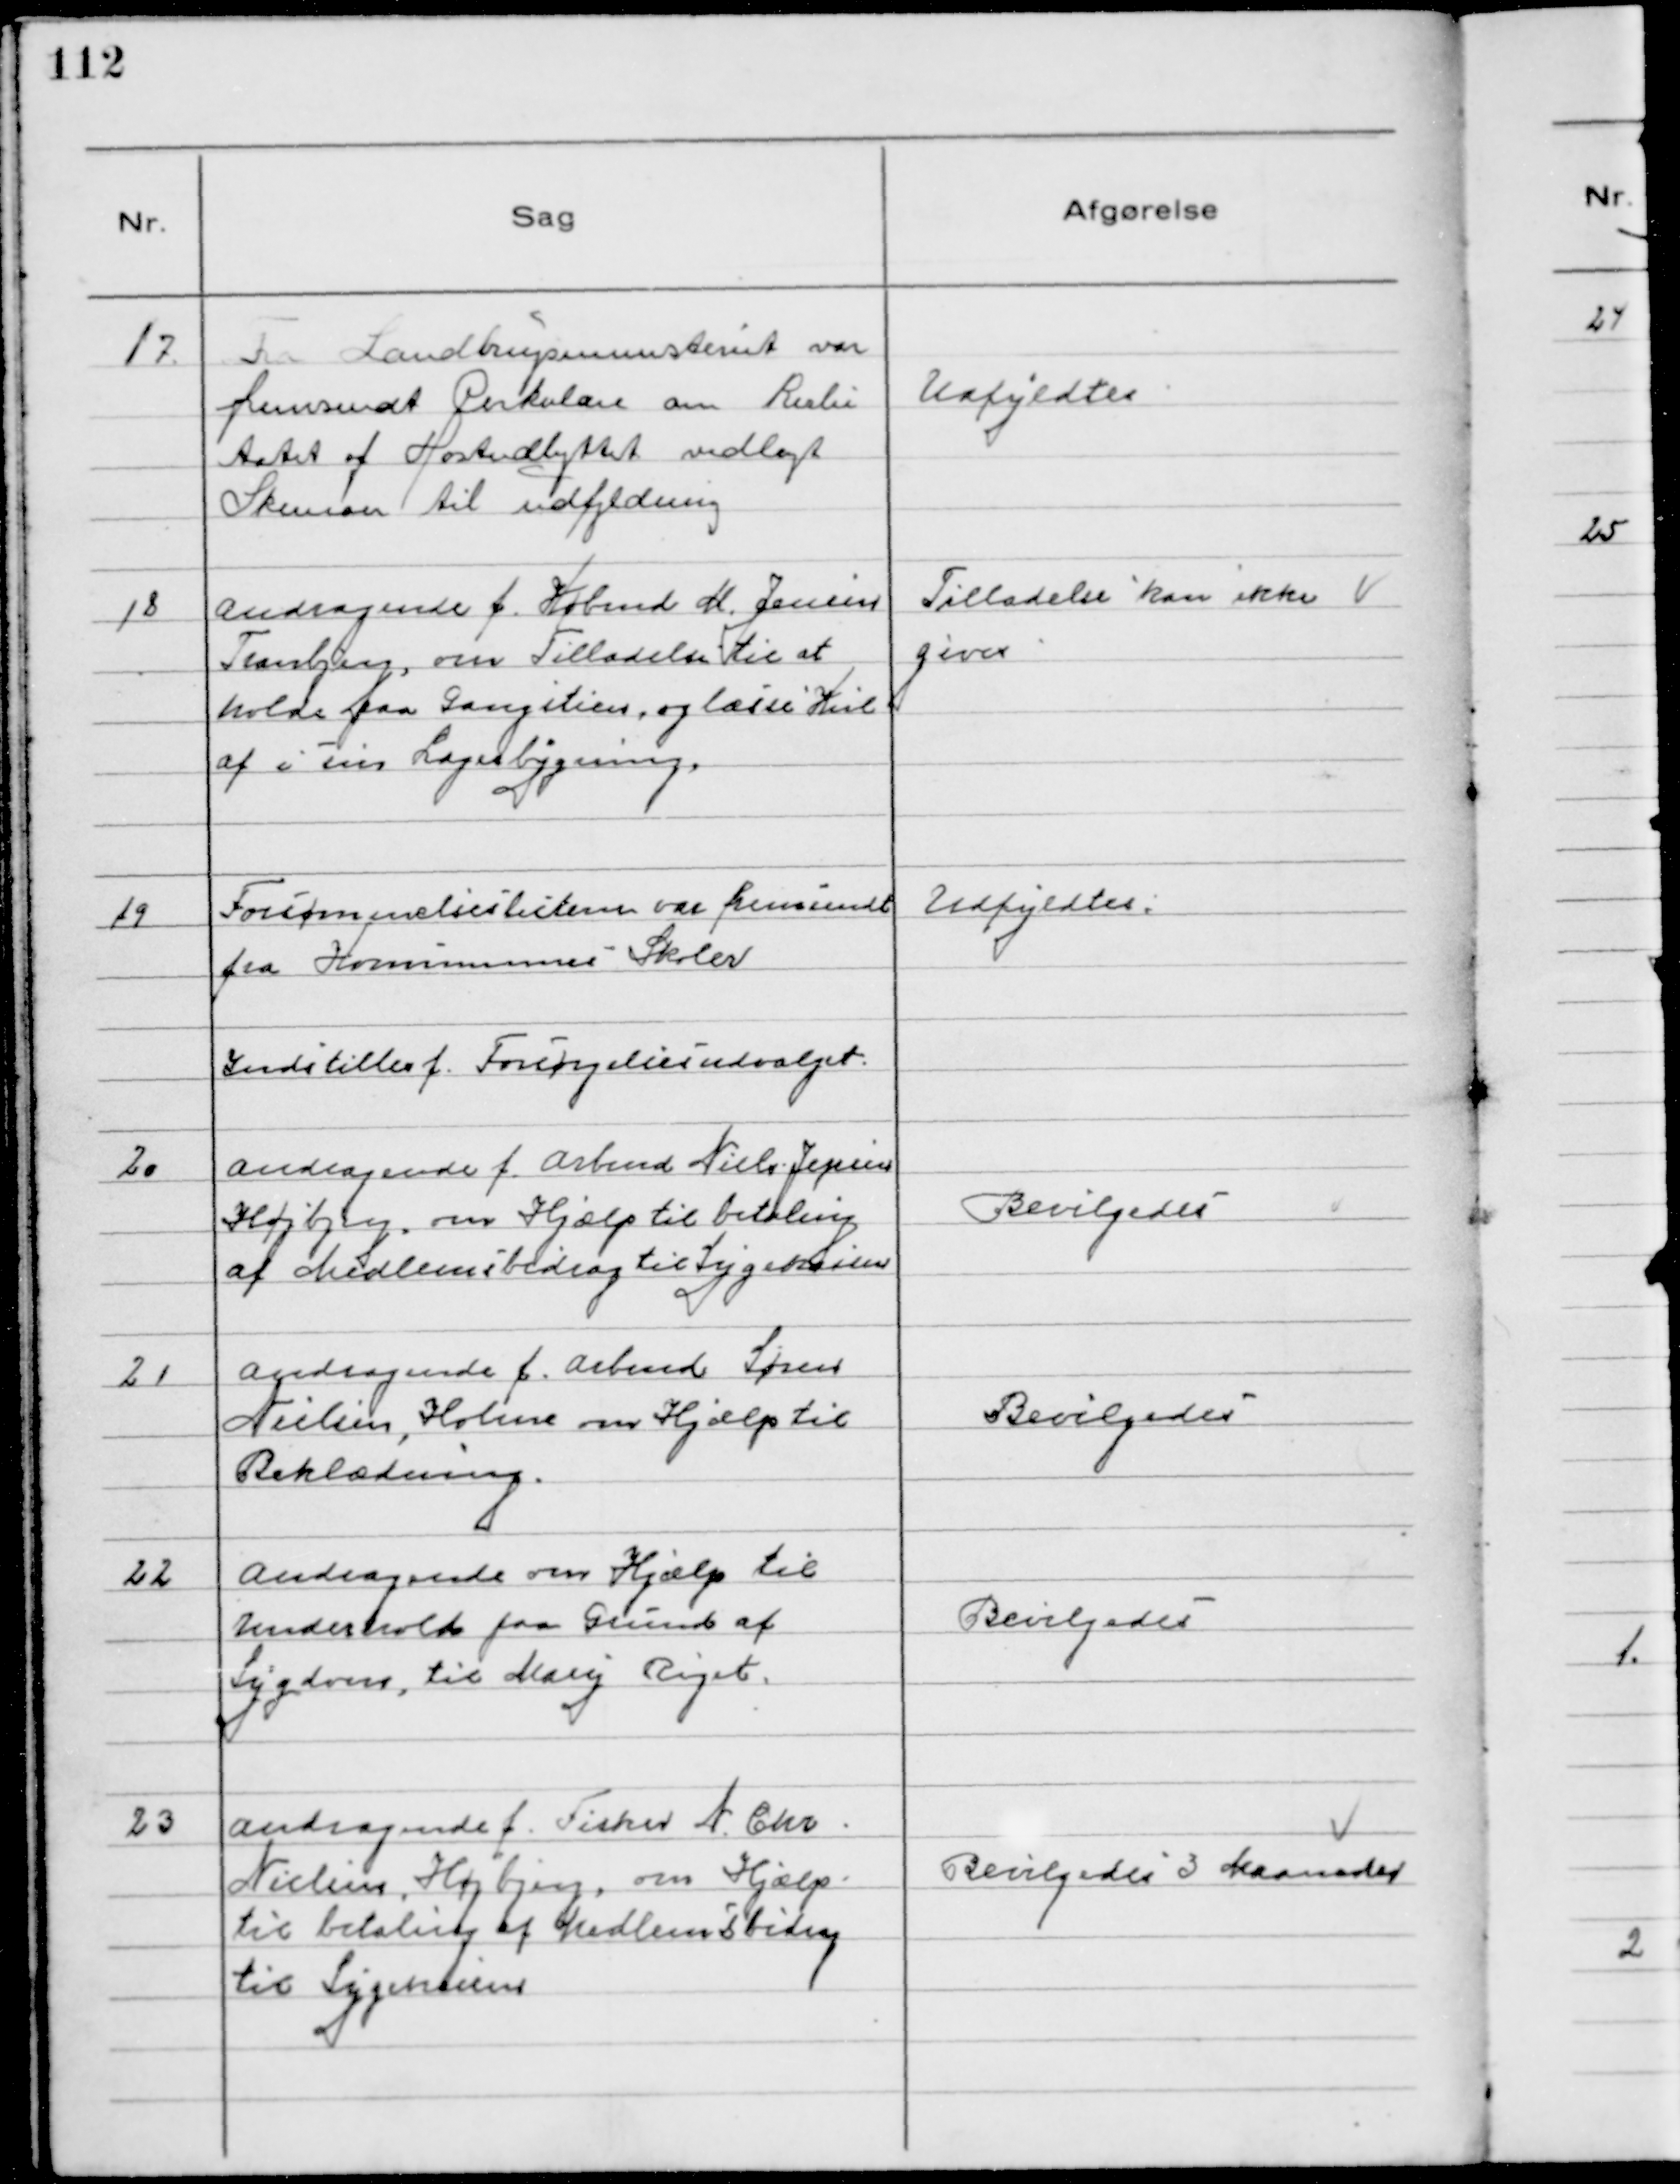
Transskription:
17.
Fra Landbrugsministeriet var
fremsendt Cirkulære om Reslu
tatet af Høstudbyttet vedlagt
Skemaer til udfyldning

Udfyldtes

18
Andragende f. Købmd M. Jensen
Tranbjerg, om Tilladelse til at
holde paa Gangstien, og læsse Kul
af i sin Lagerbygning.

Tilladelse kan ikke
gives

19
Forsømmelseslisterne var fremsendt
fra Kommunens Skoler

Udfyldtes

Indstilles f. Forsørgelsesudvalget.

20
Andragende f. Arbmd Niels Jepsen
Højbjerg, om Hjælp til betaling
af Medlemsbidrag til Sygekassen

Bevilgedes

21
Andragende f. Arbmd Søren
Nielsen, Holme om Hjælp til
Beklædning.

Bevilgedes

22
Andragende om Hjælp til
Underhold paa Grund af
Sygdom, til Mary Riget.

Bevilgedes

23
Andragende f. Fisker N. Chr.
Nielsen, Højbjerg, om Hjælp
til betaling af Medlemsbidrag
til Sygekassen

Bevilgedes 3 Maaneder